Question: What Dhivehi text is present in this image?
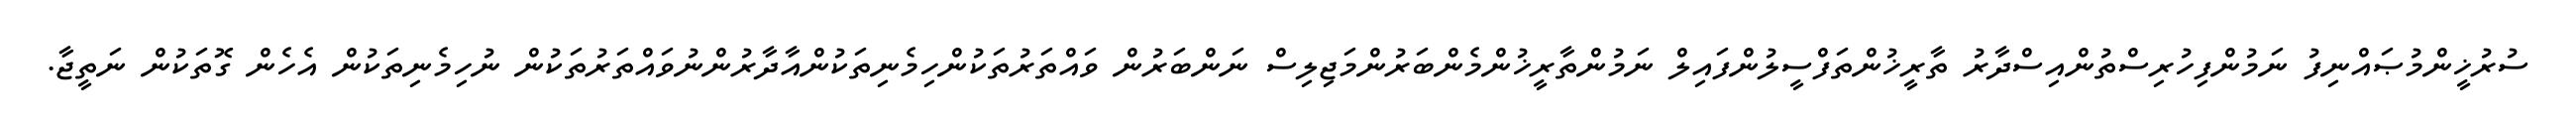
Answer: ސުރުޚީންމުޞައްނިފު ނަމުންފިހުރިސްތުންއިސްދާރު ތާރީޚުންތަފްސީލުންފައިލް ނަމުންތާރީޚުންމެންބަރުންމަޖިލިސް ނަންބަރުން ވައްތަރުތަކުންހިމެނިތަކުންއާދާރުންނުވައްތަރުތަކުން ނުހިމެނިތަކުން އެހެން ގޮތަކުން ނަތީޖާ.